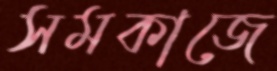
সমকাজে